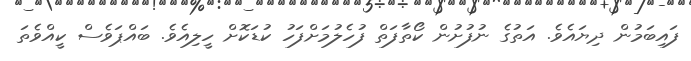
ފައިބަމުން ދިޔައެވެ. އަތުގެ ނުފުށުން ކޯތާފަތް ފުހެލުމަށްފަހު ކުޑަކޮށް ހީލިއެވެ. ބައްޕަވެސް ކީއްވެތަ